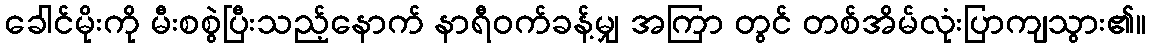
ခေါင်မိုးကို မီးစစွဲပြီးသည့်နောက် နာရီဝက်ခန့်မျှ အကြာ တွင် တစ်အိမ်လုံးပြာကျသွား၏။